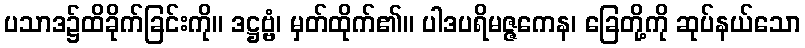
ပသာဒ၌ထိခိုက်ခြင်းကို။ ဒဋ္ဌဗ္ဗံ၊ မှတ်ထိုက်၏။ ပါဒပရိမဇ္ဇကေန၊ ခြေတို့ကို ဆုပ်နယ်သော